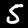
Label: 5